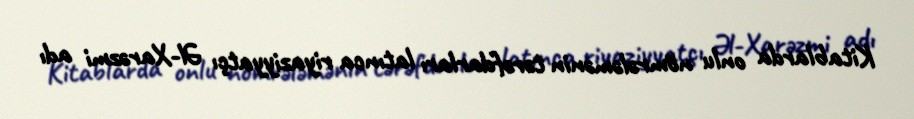
Kitablarda onlu nömrələmənin tərəfdarları latınca riyaziyyatçı Əl-Xarəzmi adı